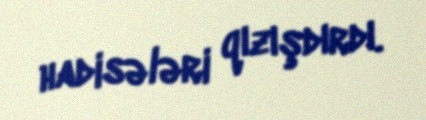
hadisələri qızışdırdı.